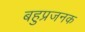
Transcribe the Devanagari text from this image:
बहुप्रजनक